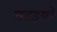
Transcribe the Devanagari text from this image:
बदइयों